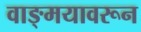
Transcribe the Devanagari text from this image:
वाङ्मयावरून